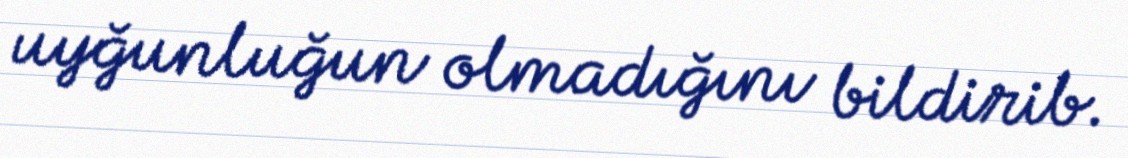
uyğunluğun olmadığını bildirib.